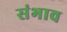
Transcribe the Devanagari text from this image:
संभाव